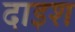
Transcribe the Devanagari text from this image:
दाइश